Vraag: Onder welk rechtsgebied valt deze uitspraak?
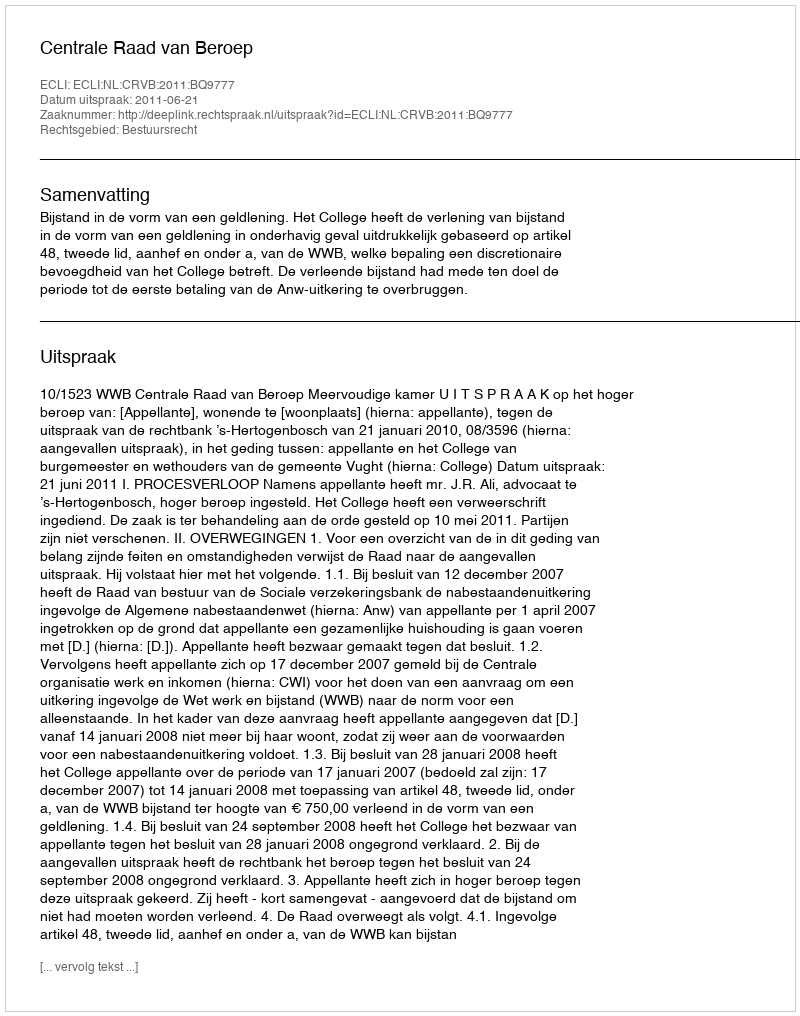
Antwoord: Bestuursrecht